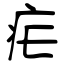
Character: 疟